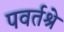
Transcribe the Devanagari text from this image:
पवर्तश्रे